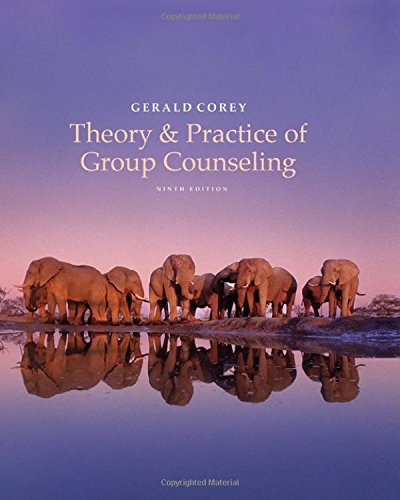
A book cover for Theory and Practice of Group Counseling; Gerald Corey; Education & Teaching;